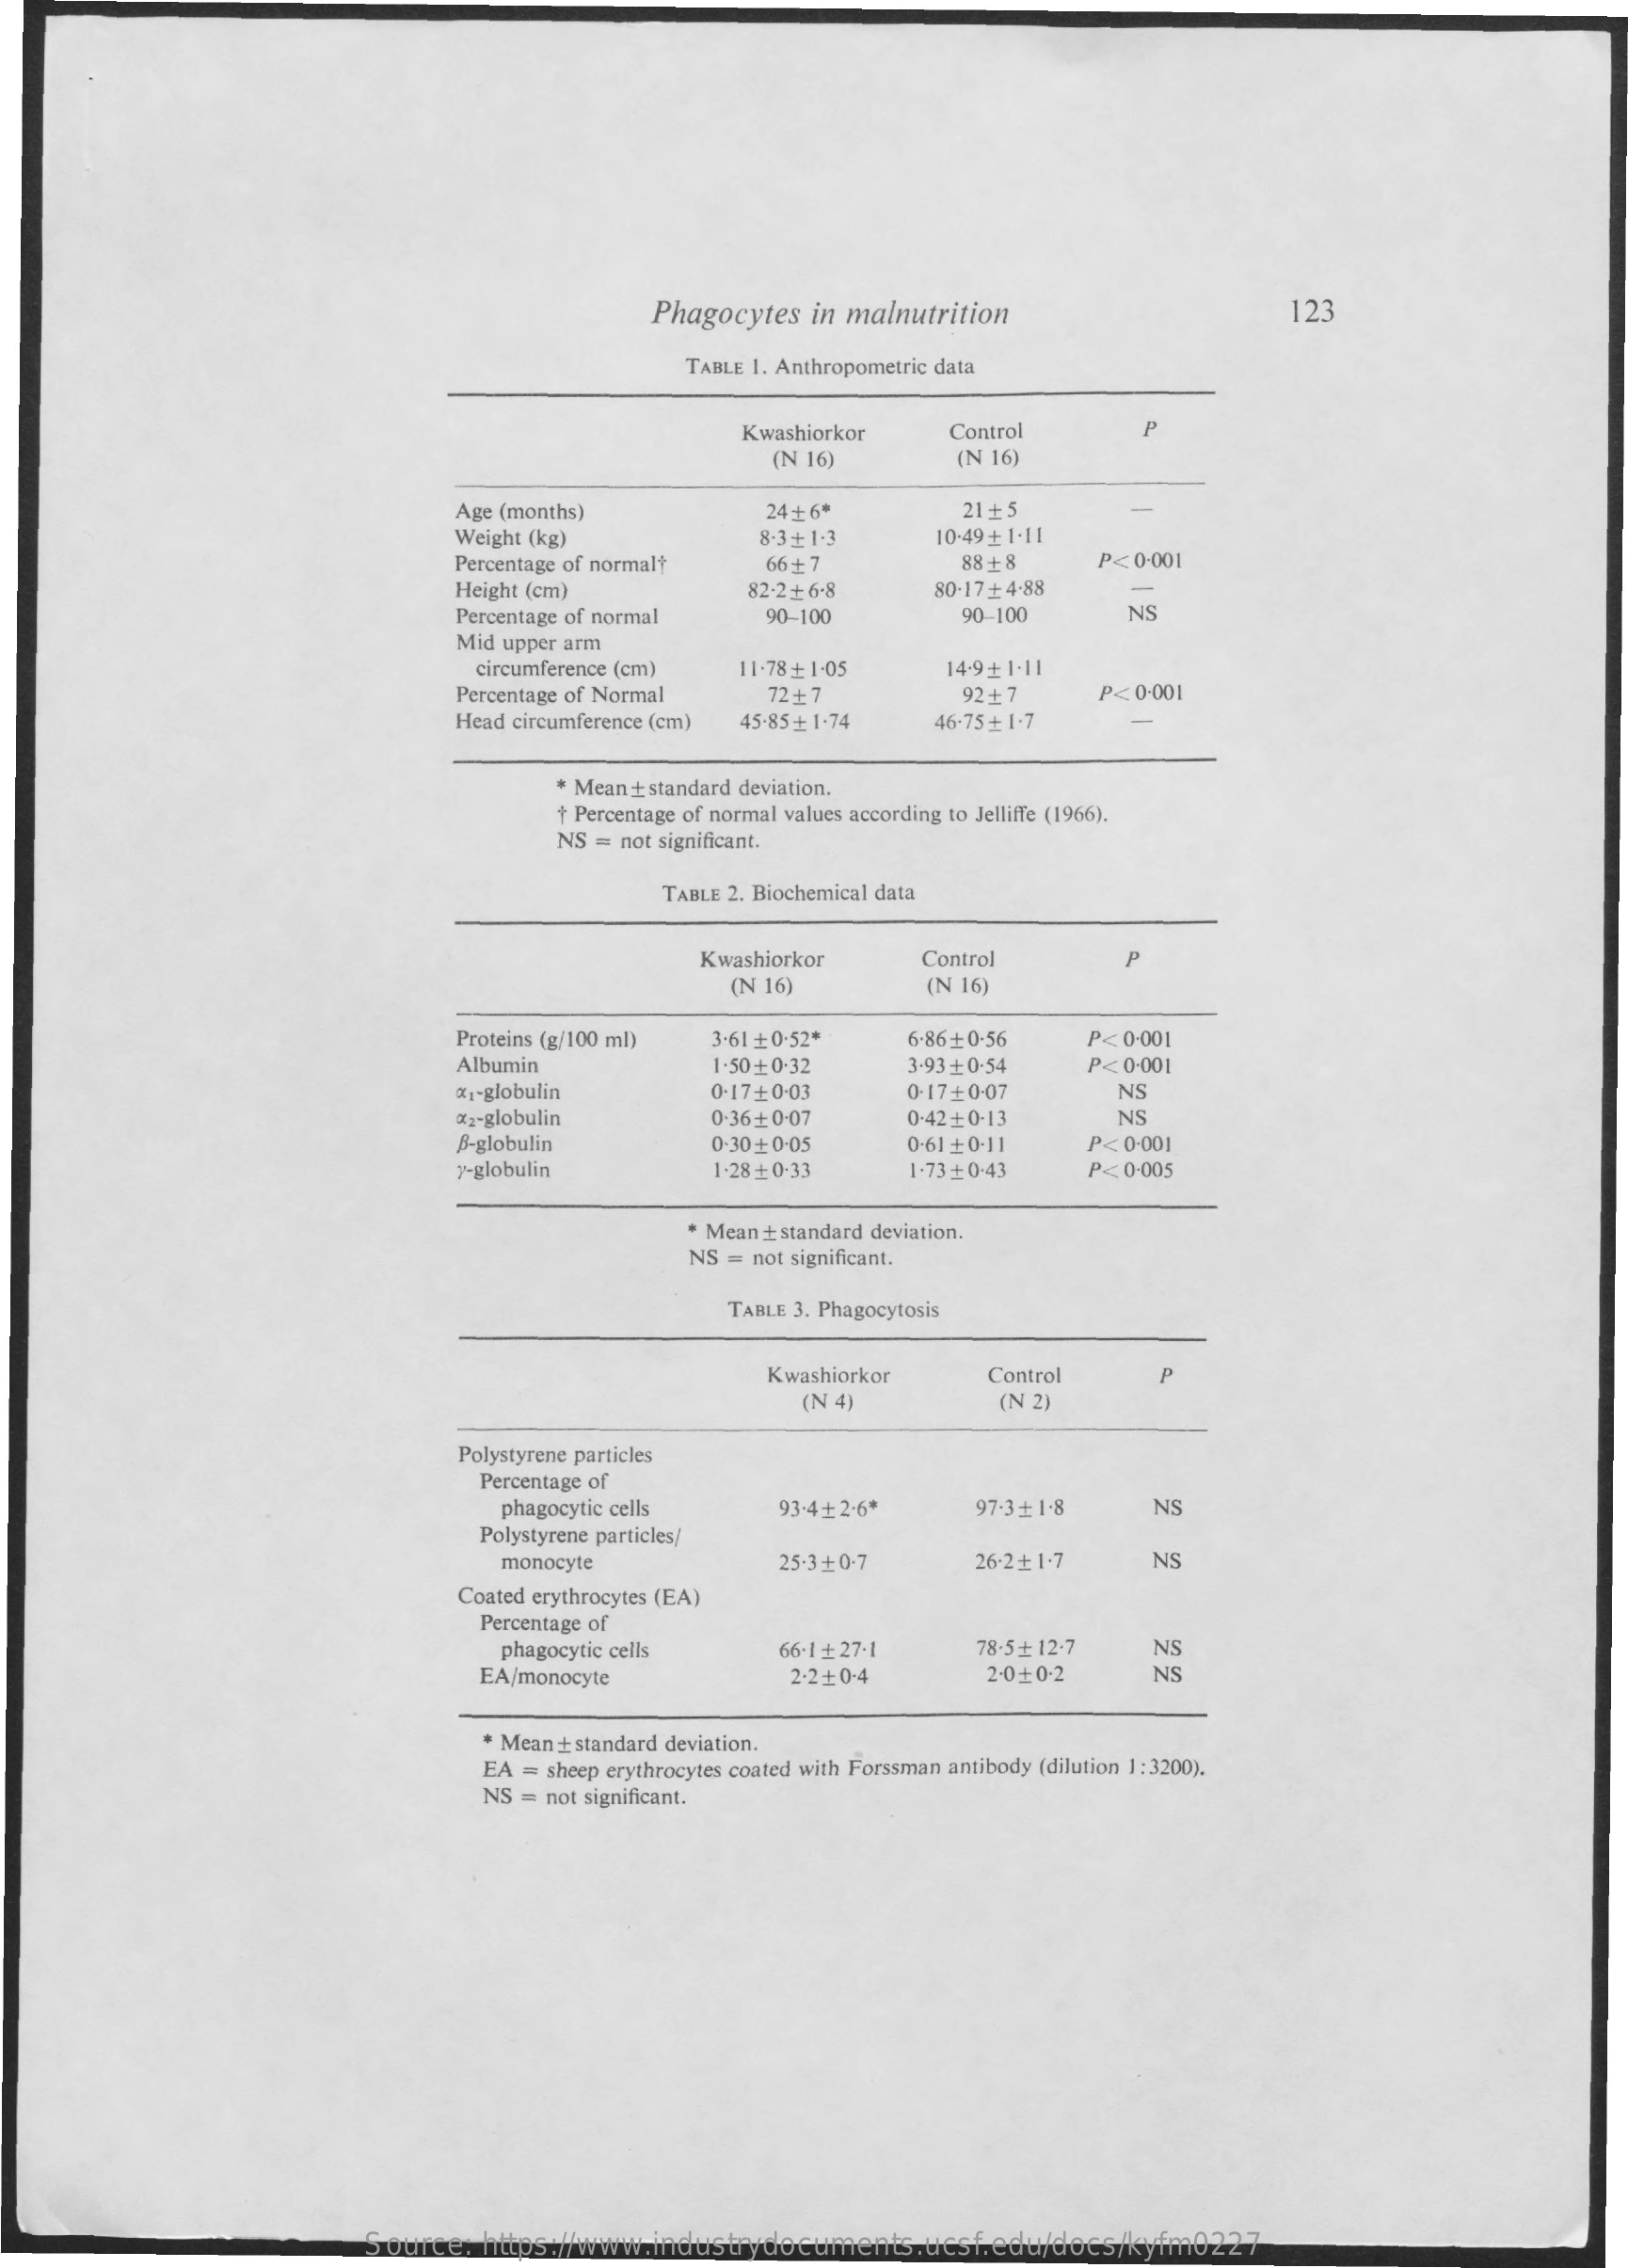
Phagocytes    in malnutrition    123
     TABLE 1. Anthropometric data
     Kwashiorkor    Control    P
     (N 16)    (N 16)
     Age (months)    24+ 6*    21+5
     Weight (kg)    8.3 + 1-3    10.49 ₺ 1-11
     Percentage of normalt    66+7    88±8    P< 0.001
     Height (cm)    82.2 ₺ 6-8    80.17+4.88
     Percentage of normal    90-100    90-100    NS
     Mid upper arm
     circumference (cm)    11.78 + 1-05    14.9+ 1-11
     Percentage of Normal    72+ 7    92+7    P< 0.001
     Head circumference (cm)  45.85 + 1-74    46.75 +1.7
     * Mean + standard deviation.
     + Percentage of normal values according to Jelliffe (1966).
     NS = not significant.
     TABLE 2. Biochemical data
     Kwashiorkor    Control    p
     (N 16)    (N 16)
     Proteins (g/100 ml)   3-61 +0-52*    6.86 +0.56    P< 0.001
     Albumin    1.50+0.32    3.93 + 0-54    P< 0.001
     X1-globulin    0.17 ₺ 0-03    0.1710.07
     X2-globulin    0:36+0-07    0-42 + 0.13
     NS
     NS
     B-globulin    0.30 +0-05    0-61 +0.11    P< 0-001
     y-globulin    1.28 +0-33    1.73 +0.43    P< 0-005
     * Mean + standard deviation.
     NS = not significant.
     TABLE 3. Phagocytosis
     Kwashiorkor    Control
     (N 4)    N 2)
     Polystyrene particles
     Percentage of
     phagocytic cells    93.4+2.6*    97-3± 1.8    NS
     Polystyrene particles/
     monocyte    25-3 +0.7    26.2 ₺ 1.7    NS
     Coated erythrocytes (EA)
     Percentage of
     phagocytic cells
     EA/monocyte
     66-1±27-1    78-5± 12-7    NS
     2.2 ₺ 0-4    2-0+0.2    NS
     Meant  standard deviation.
     EA = sheep erythrocytes coated with Forssman antibody (dilution 1: 3200).
     NS = not significant.
     Source:   https://www.industrydocuments.ucsf.edu/docs/kyfm0227